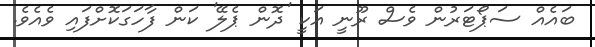
ބައެއް ސަޕޯޓަރުން ވެސް ރޫނީ އަކީ 'ދޮން ޕެލޭ' ކަން ފާހަގަކޮށްފައި ވެއެވެ.